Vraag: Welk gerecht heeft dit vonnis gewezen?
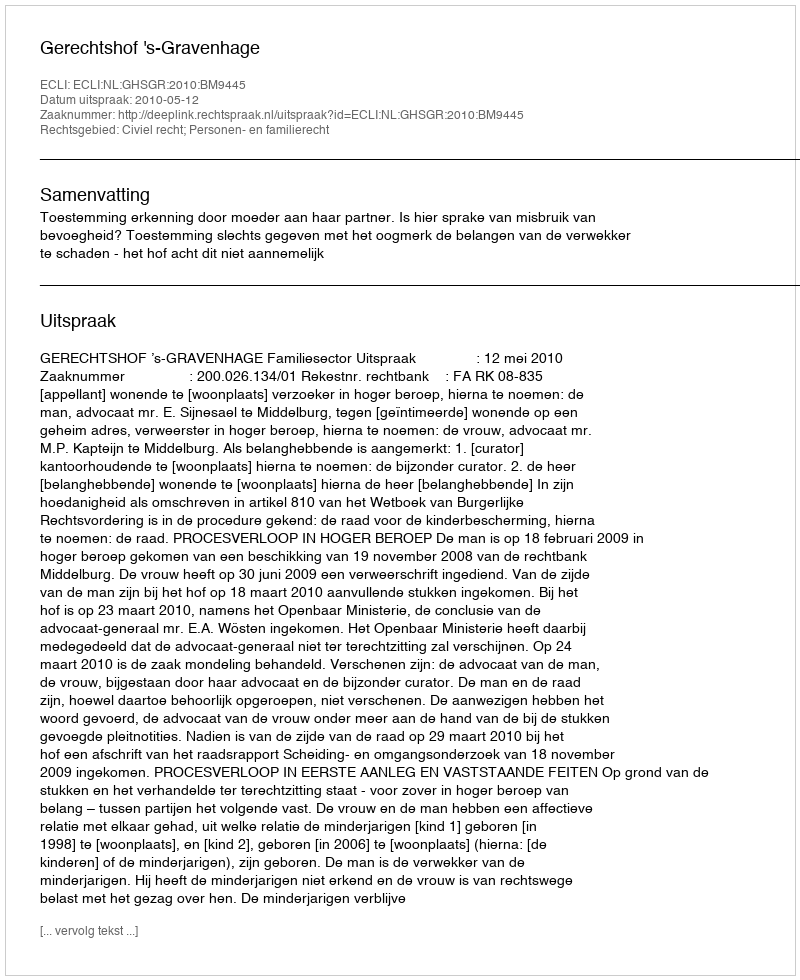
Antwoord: Gerechtshof 's-Gravenhage